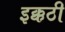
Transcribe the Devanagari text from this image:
इक्कठी